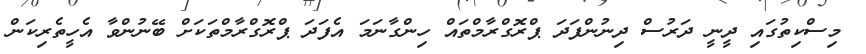
މިސްކިތުގައި ދީނީ ދަރުސް ދިނުންފަދަ ޕްރޮގްރާމްތައް ހިންގާނަމަ އެފަދަ ޕްރޮގްރާމްތަކަށް ބޭނުންވާ އެހީތެރިކަން